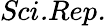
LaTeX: \textit{Sci.Rep.}